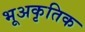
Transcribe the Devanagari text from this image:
भूअकृतिक